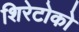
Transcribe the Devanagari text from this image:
शिरेटोको